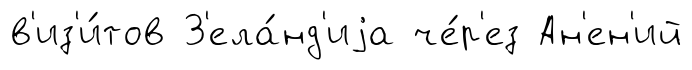
в'из'и́тов З'ела́нд'иjа че́р'ез Ан'ен'ий